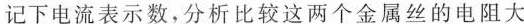
记下电流表示数，分析比较这两个金属丝的电阻大